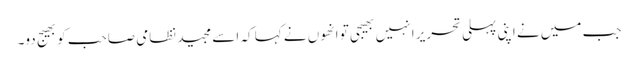
جب میں نے اپنی پہلی تحریر ا نہیں بھیجی تو انھوں نے کہا کہ اسے مجید نظامی صاحب کو بھیج دو۔